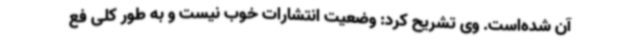
آن شده‌است. وی تشریح کرد: وضعیت انتشارات خوب نیست و به طور کلی فع